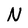
Character: N